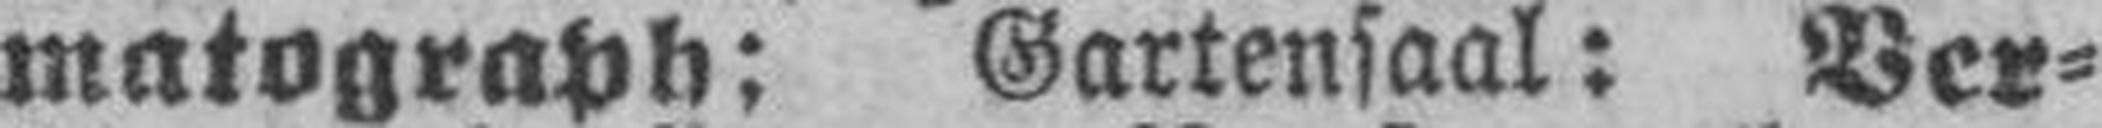
matograph: Gartensaal: Ver¬